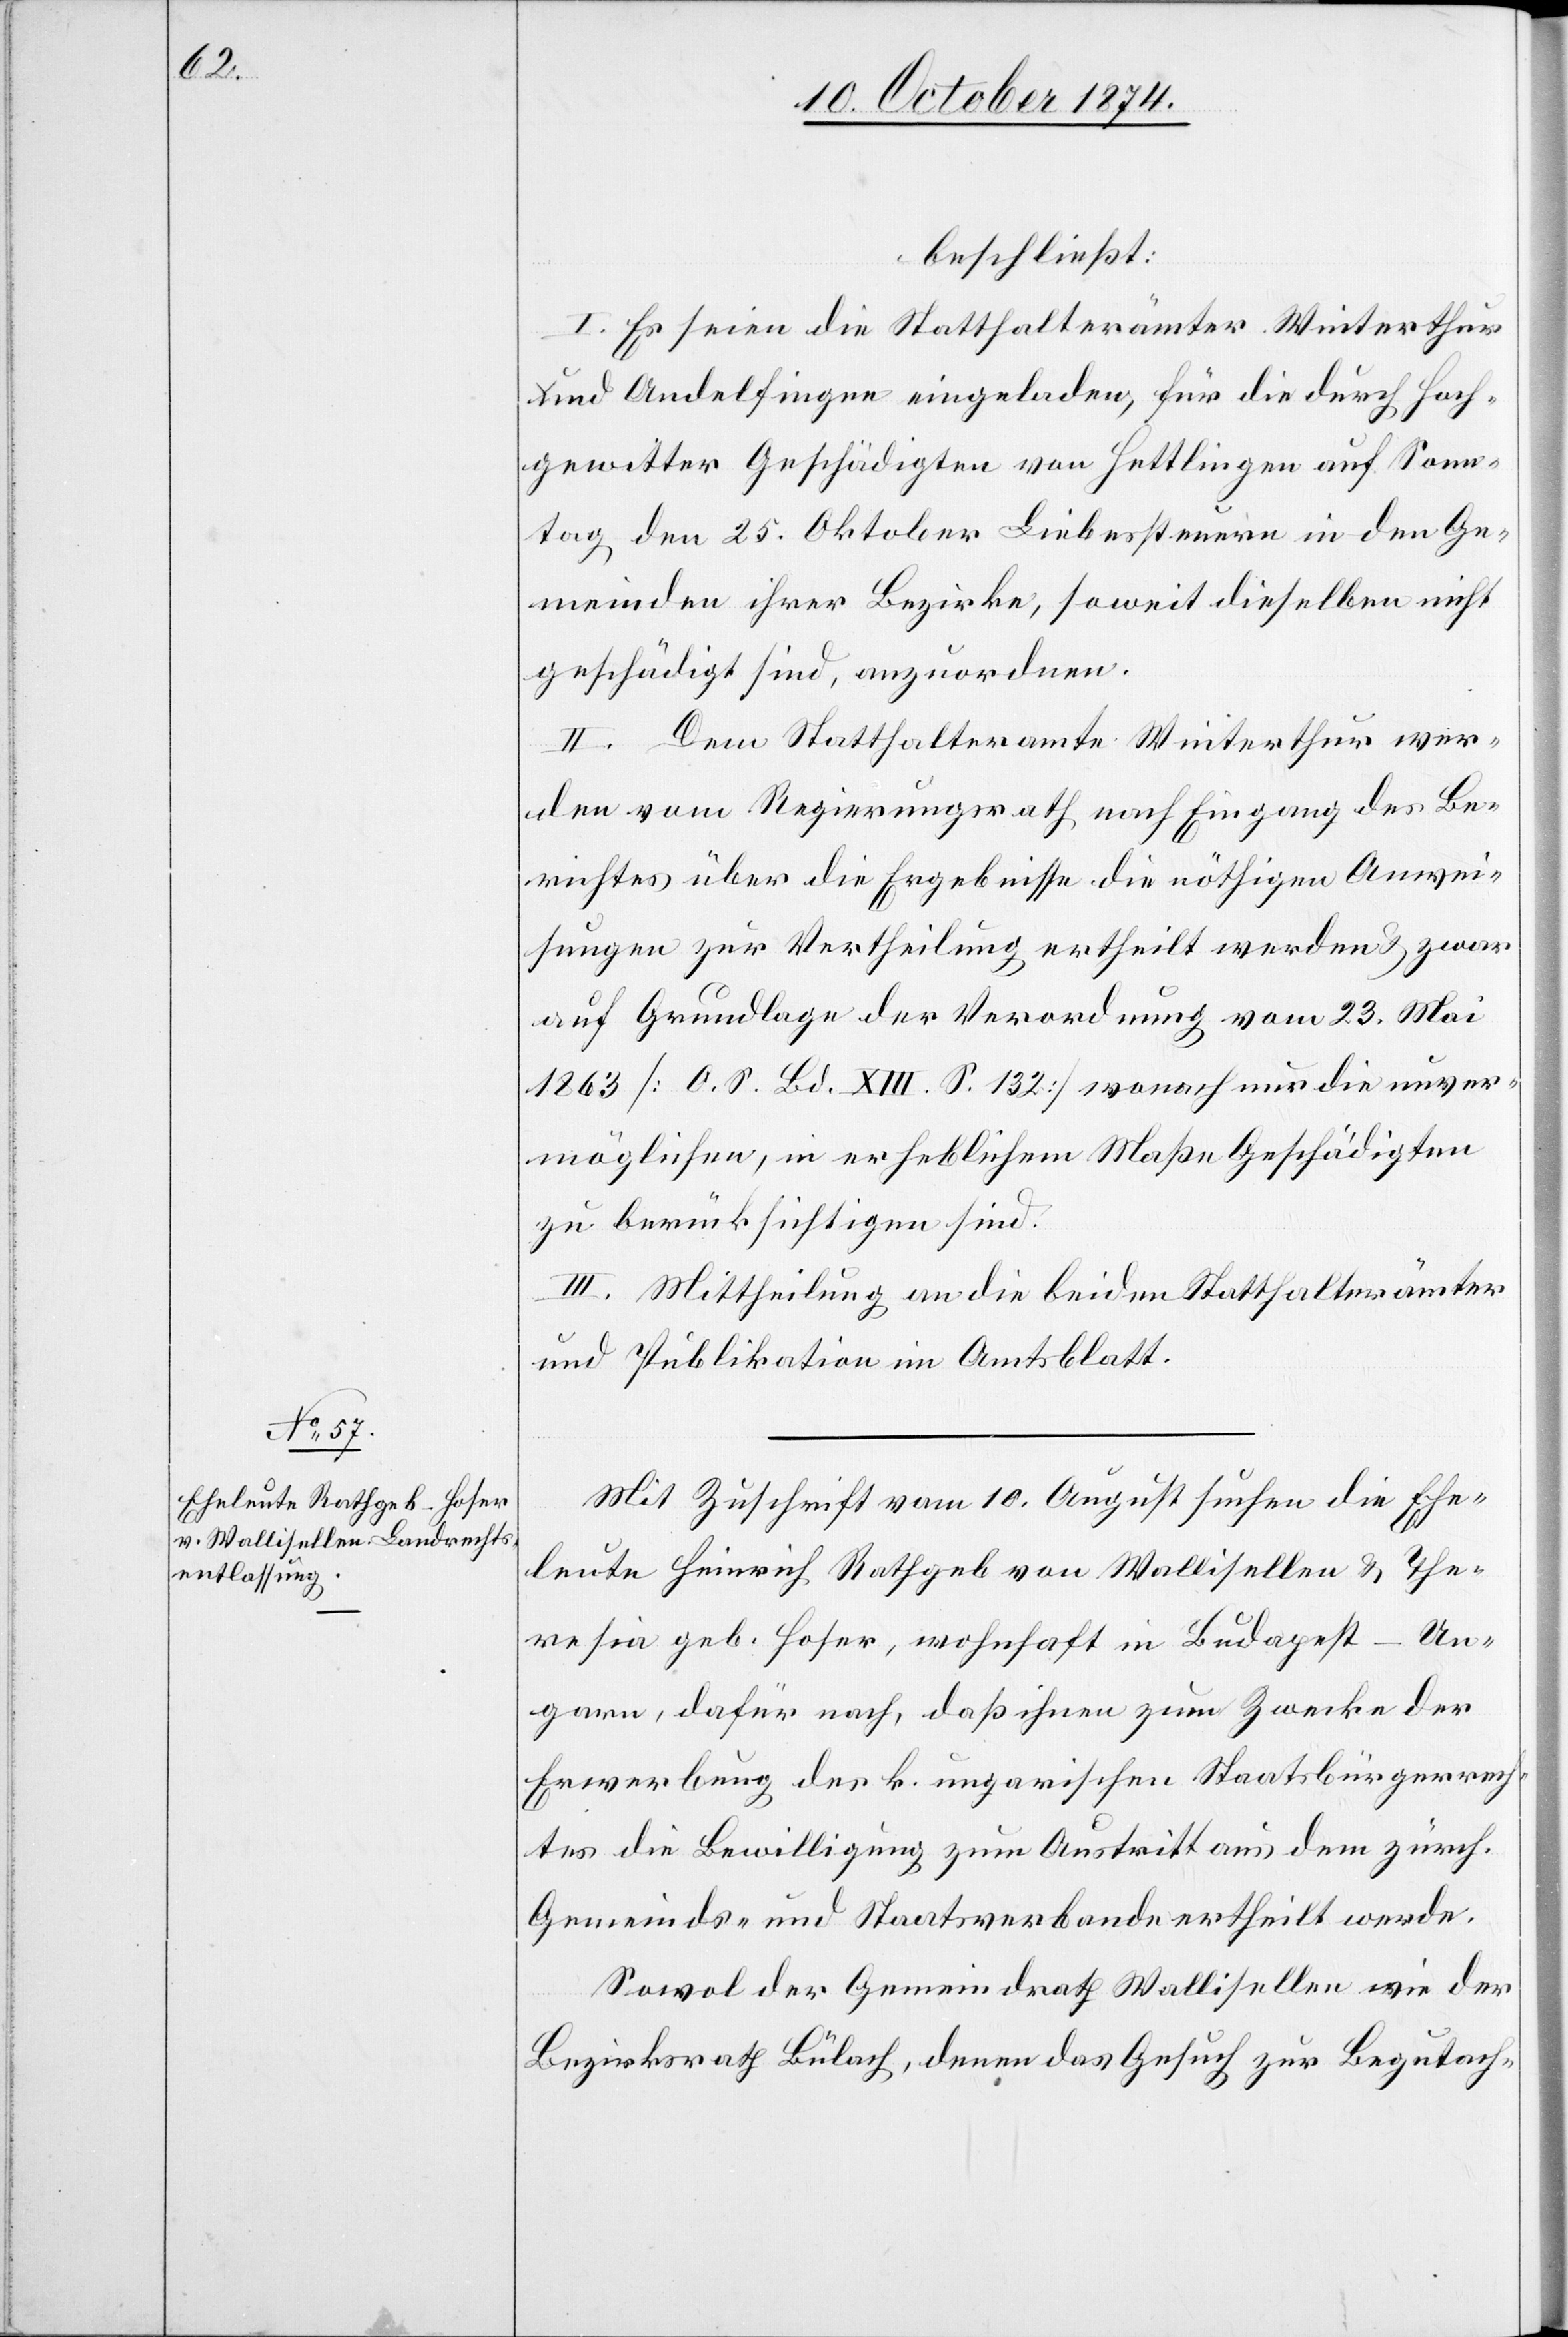
beschließt:
I. Es seien die Statthalterämter Winterthur
und Andelfingen eingeladen, für die durch Hoch¬
gewitter Geschädigten von Hettligen auf Sonn¬
tag den 25. Oktober Liebessteuern in den Ge¬
meinden ihrer Bezirke, soweit dieselben nicht
geschädigt sind, anzuordnen.
II. Dem Statthalteramte Winterthur wer¬
den vom Regierungsrath nach Eingang des Be¬
richtes über die Ergebnisse die nöthigen Anwei¬
sungen zur Vertheilung ertheilt werden & zwar
auf Grundlage der Verordnung vom 23. Mai
1863 [0. S. Bd. XIII. S. 132] wonach nur die unver¬
möglichen, in erheblichem Maße Geschädigten
zu berücksichtigen sind.
III. Mittheilung an die beiden Statthalterämter
und Publikation im Amtsblatt.
Mit Zuschrift vom 10. August suchen die Ehe¬
leute Heinrich Rathgeb von Wallisellen & The¬
resia geb. Hoser, wohnhaft in Budapest-Un¬
garn, dafür nach, daß ihnen zum Zwecke der
Erwerbung des k. ungarischen Staatsbürgerrech¬
tes die Bewilligung zum Austritt aus dem zürch.
Gemeinds- und Staatsverbande ertheilt werde.
Sowol der Gemeindrath Wallisellen wie der
Bezirksrath Bülach, denen das Gesuch zur Begutach-